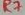
Text: R7